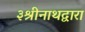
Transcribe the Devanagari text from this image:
३श्रीनाथद्वारा